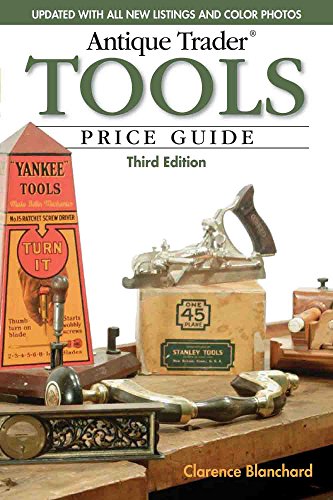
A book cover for Antique Trader Tools Price Guide; Clarence Blanchard; Crafts, Hobbies & Home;